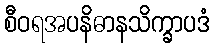
စီဝရအပနိဓာနသိက္ခာပဒံ